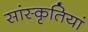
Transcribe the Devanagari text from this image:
सांस्कृतियां